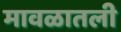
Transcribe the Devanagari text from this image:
मावळातली